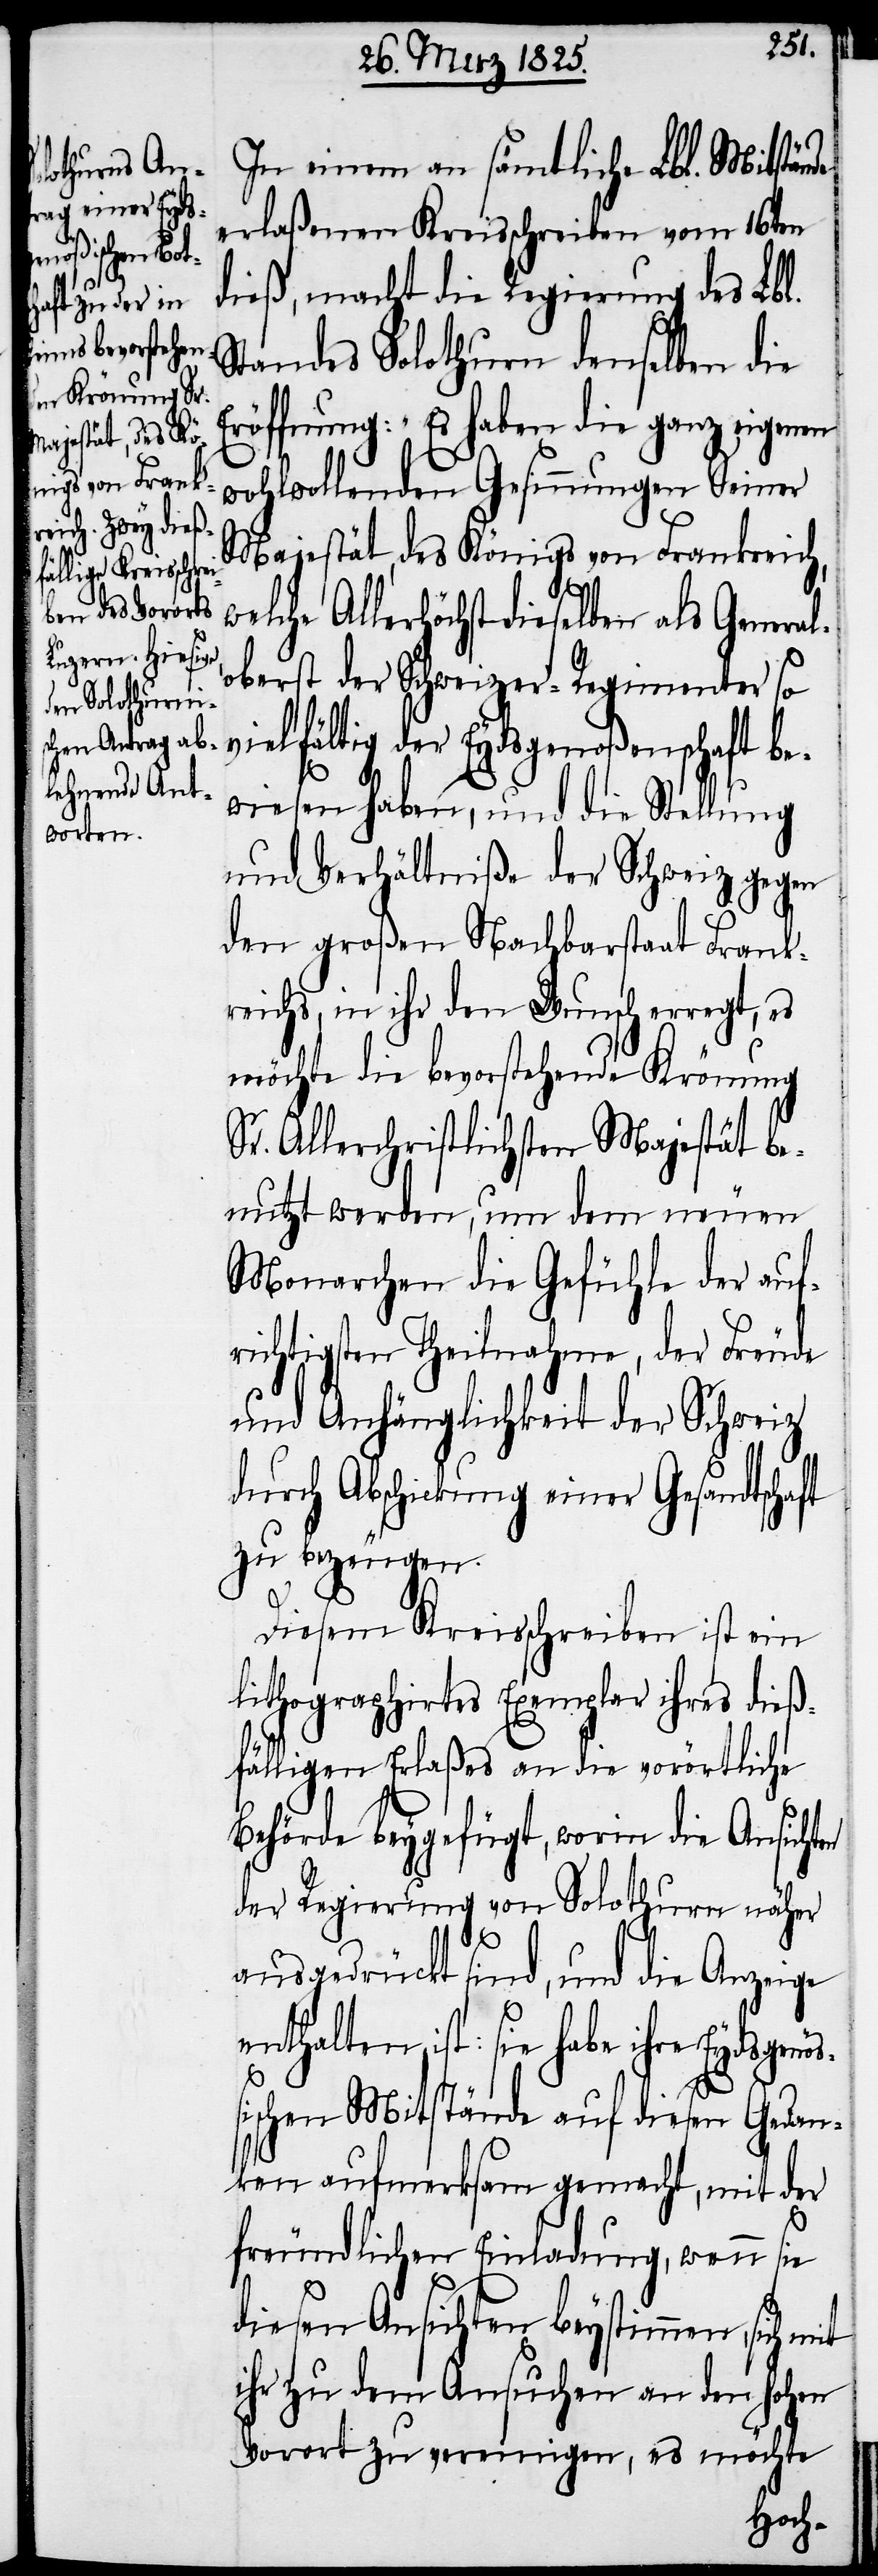
In einem an sämtliche Lbl. Mitstände
erlaßenen Kreisschreiben vom 16ten
dieß, macht die Regierung des Lbl.
Standes Solothurn denselben die
Eröffnung: „Es haben die ganz eigenen
wohlwollenden Gesinnungen Seiner
Majestät, des Königs von Frankreich,
Allerhöchst dieselben als Gener¬
oberst der Schweizer-Regimenter so
vielfältig der Eydsgenoßenschaft be¬
wiesen haben, und die Stellung
und Verhältniße der Schweiz gegen
den großen Nachbarstaat Frank¬
reichs, in ihr den Wunsch erregt, es
möchte die bevorstehende Krönung
Sr. Allerchristlichsten Majestät be¬
nutzt werden, um dem neuen
Monarchen die Gefühle der auf¬
richtigsten Theilnahme, der Freude
und Anhänglichkeit der Schweiz
durch Abschickung einer Gesandtschaft
zu bezeugen.
Diesem Kreisschreiben ist ein
lithographirtes Exemplar ihres dieß¬
fälligen Erlaßes an die vorörtliche
Behörde beygefügt, worin die Ansichten
der Regierung von Solothurn näher
ausgedrückt sind, und die Anzeige
enthalten ist: sie habe ihre Eydsgenö¬
ischen Mitstände auf diesen Gedan¬
ken aufmerksam gemacht, mit der
ß¬
freundlichen Einladung, wenn sie
diesen Ansichten beystimmen, sich
ihr zu dem Ansuchen an den hohen
Vorort zu vereinigen, es möchte
welche

al¬